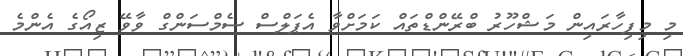
މި މިފިހާރައިން މަޝްހޫރު ބްރޭންޑްތައް ކަމަށްވާ އެޕަލްސް ސެމްސަންގް ވާވޭ ޒިއޯގެ އެންމެ